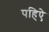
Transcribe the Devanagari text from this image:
पहिऐ